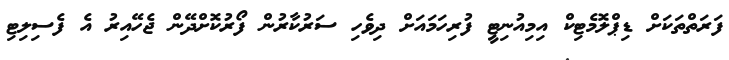
ފަރަތްތަކަށް ޑިޕްލޮމެޓިކް އިމިއުނިޓީ ފުރިހަމައަށް ދިވެހި ސަރުކާރުން ފޯރުކޮށްދޭން ޖެހޭއިރު އެ ފެސިލިޓި